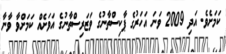
ކަމަށެވެ. އަދި 2009 ވަނަ އަހަރުގެ ޕާކިސްތާނުގެ ވަޒަރިސްތާނުގެ އަވަށެއް ކަމަށްވާ ވާނާ